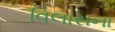
વિલાસના